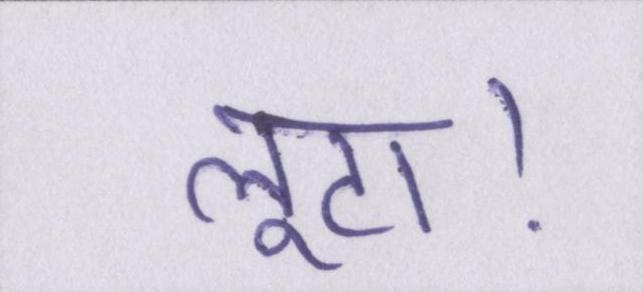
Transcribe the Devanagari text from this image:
लूटा।